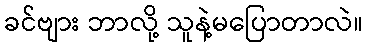
ခင်ဗျား ဘာလို့ သူနဲ့မပြောတာလဲ။